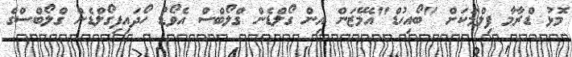
މޮޅު ޑްރާމާ ފިލްމަކަށް "ބޯއިހުޑް"އެމޭޒަން އިން ގޯލްޑެން ގްލޯބްސް އެވޯޑު ހޯދައިފިގޯލްޑެން ގްލޯބްސްގެ